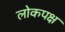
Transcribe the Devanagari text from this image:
लोकपक्ष